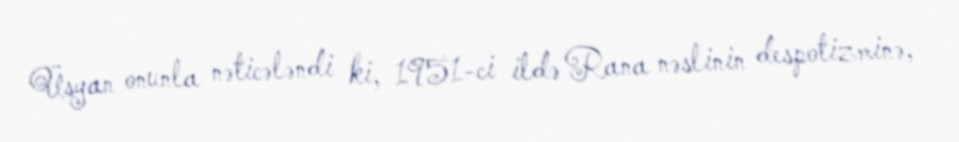
Üsyan onunla nəticələndi ki, 1951-ci ildə Rana nəslinin despotizminə,